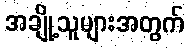
အချို့သူများအတွက်